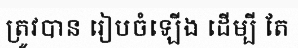
ត្រូវបាន រៀបចំឡើង ដើម្បី តែ